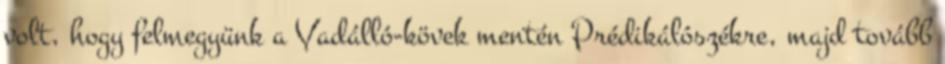
volt, hogy felmegyünk a Vadálló-kövek mentén Prédikálószékre, majd tovább